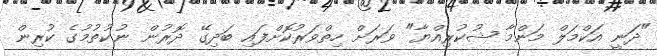
"ދަނީ އަކްމަލް މަންމާ ޝުކުރިއްޔާ" ވަރަށް ހިތްވަރުކޮށްފައި ބަދިގޭ ދޮރުން ނުކުތުމުގެ ކުރިން